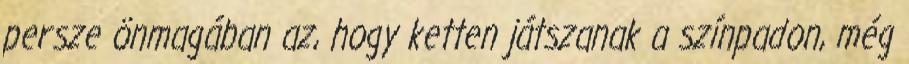
persze önmagában az, hogy ketten játszanak a színpadon, még